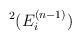
LaTeX: \begin{align*}^{2}(E_{i}^{(n-1)})\end{align*}